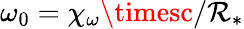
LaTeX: \omega_{0}=\chi_{\omega}\timesc/\mathcal{R}_{*}